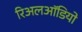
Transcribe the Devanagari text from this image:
रिअलऑडियो